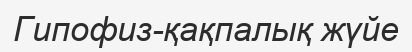
Гипофиз-қақпалық жүйе